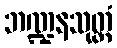
ဘဏ္ဍနသုတ္တံ